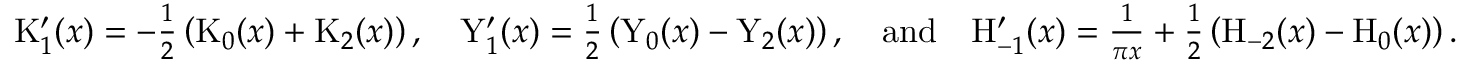
\begin{array} { r } { \mathrm { K } _ { 1 } ^ { \prime } ( x ) = - \frac { 1 } { 2 } \left( \mathrm { K } _ { 0 } ( x ) + \mathrm { K } _ { 2 } ( x ) \right) , \quad \mathrm { Y } _ { 1 } ^ { \prime } ( x ) = \frac { 1 } { 2 } \left( \mathrm { Y } _ { 0 } ( x ) - \mathrm { Y } _ { 2 } ( x ) \right) , \quad \mathrm { a n d } \quad \mathrm { H } _ { - 1 } ^ { \prime } ( x ) = \frac { 1 } { \pi x } + \frac { 1 } { 2 } \left( \mathrm { H } _ { - 2 } ( x ) - \mathrm { H } _ { 0 } ( x ) \right) . } \end{array}